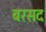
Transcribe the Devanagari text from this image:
बरसद